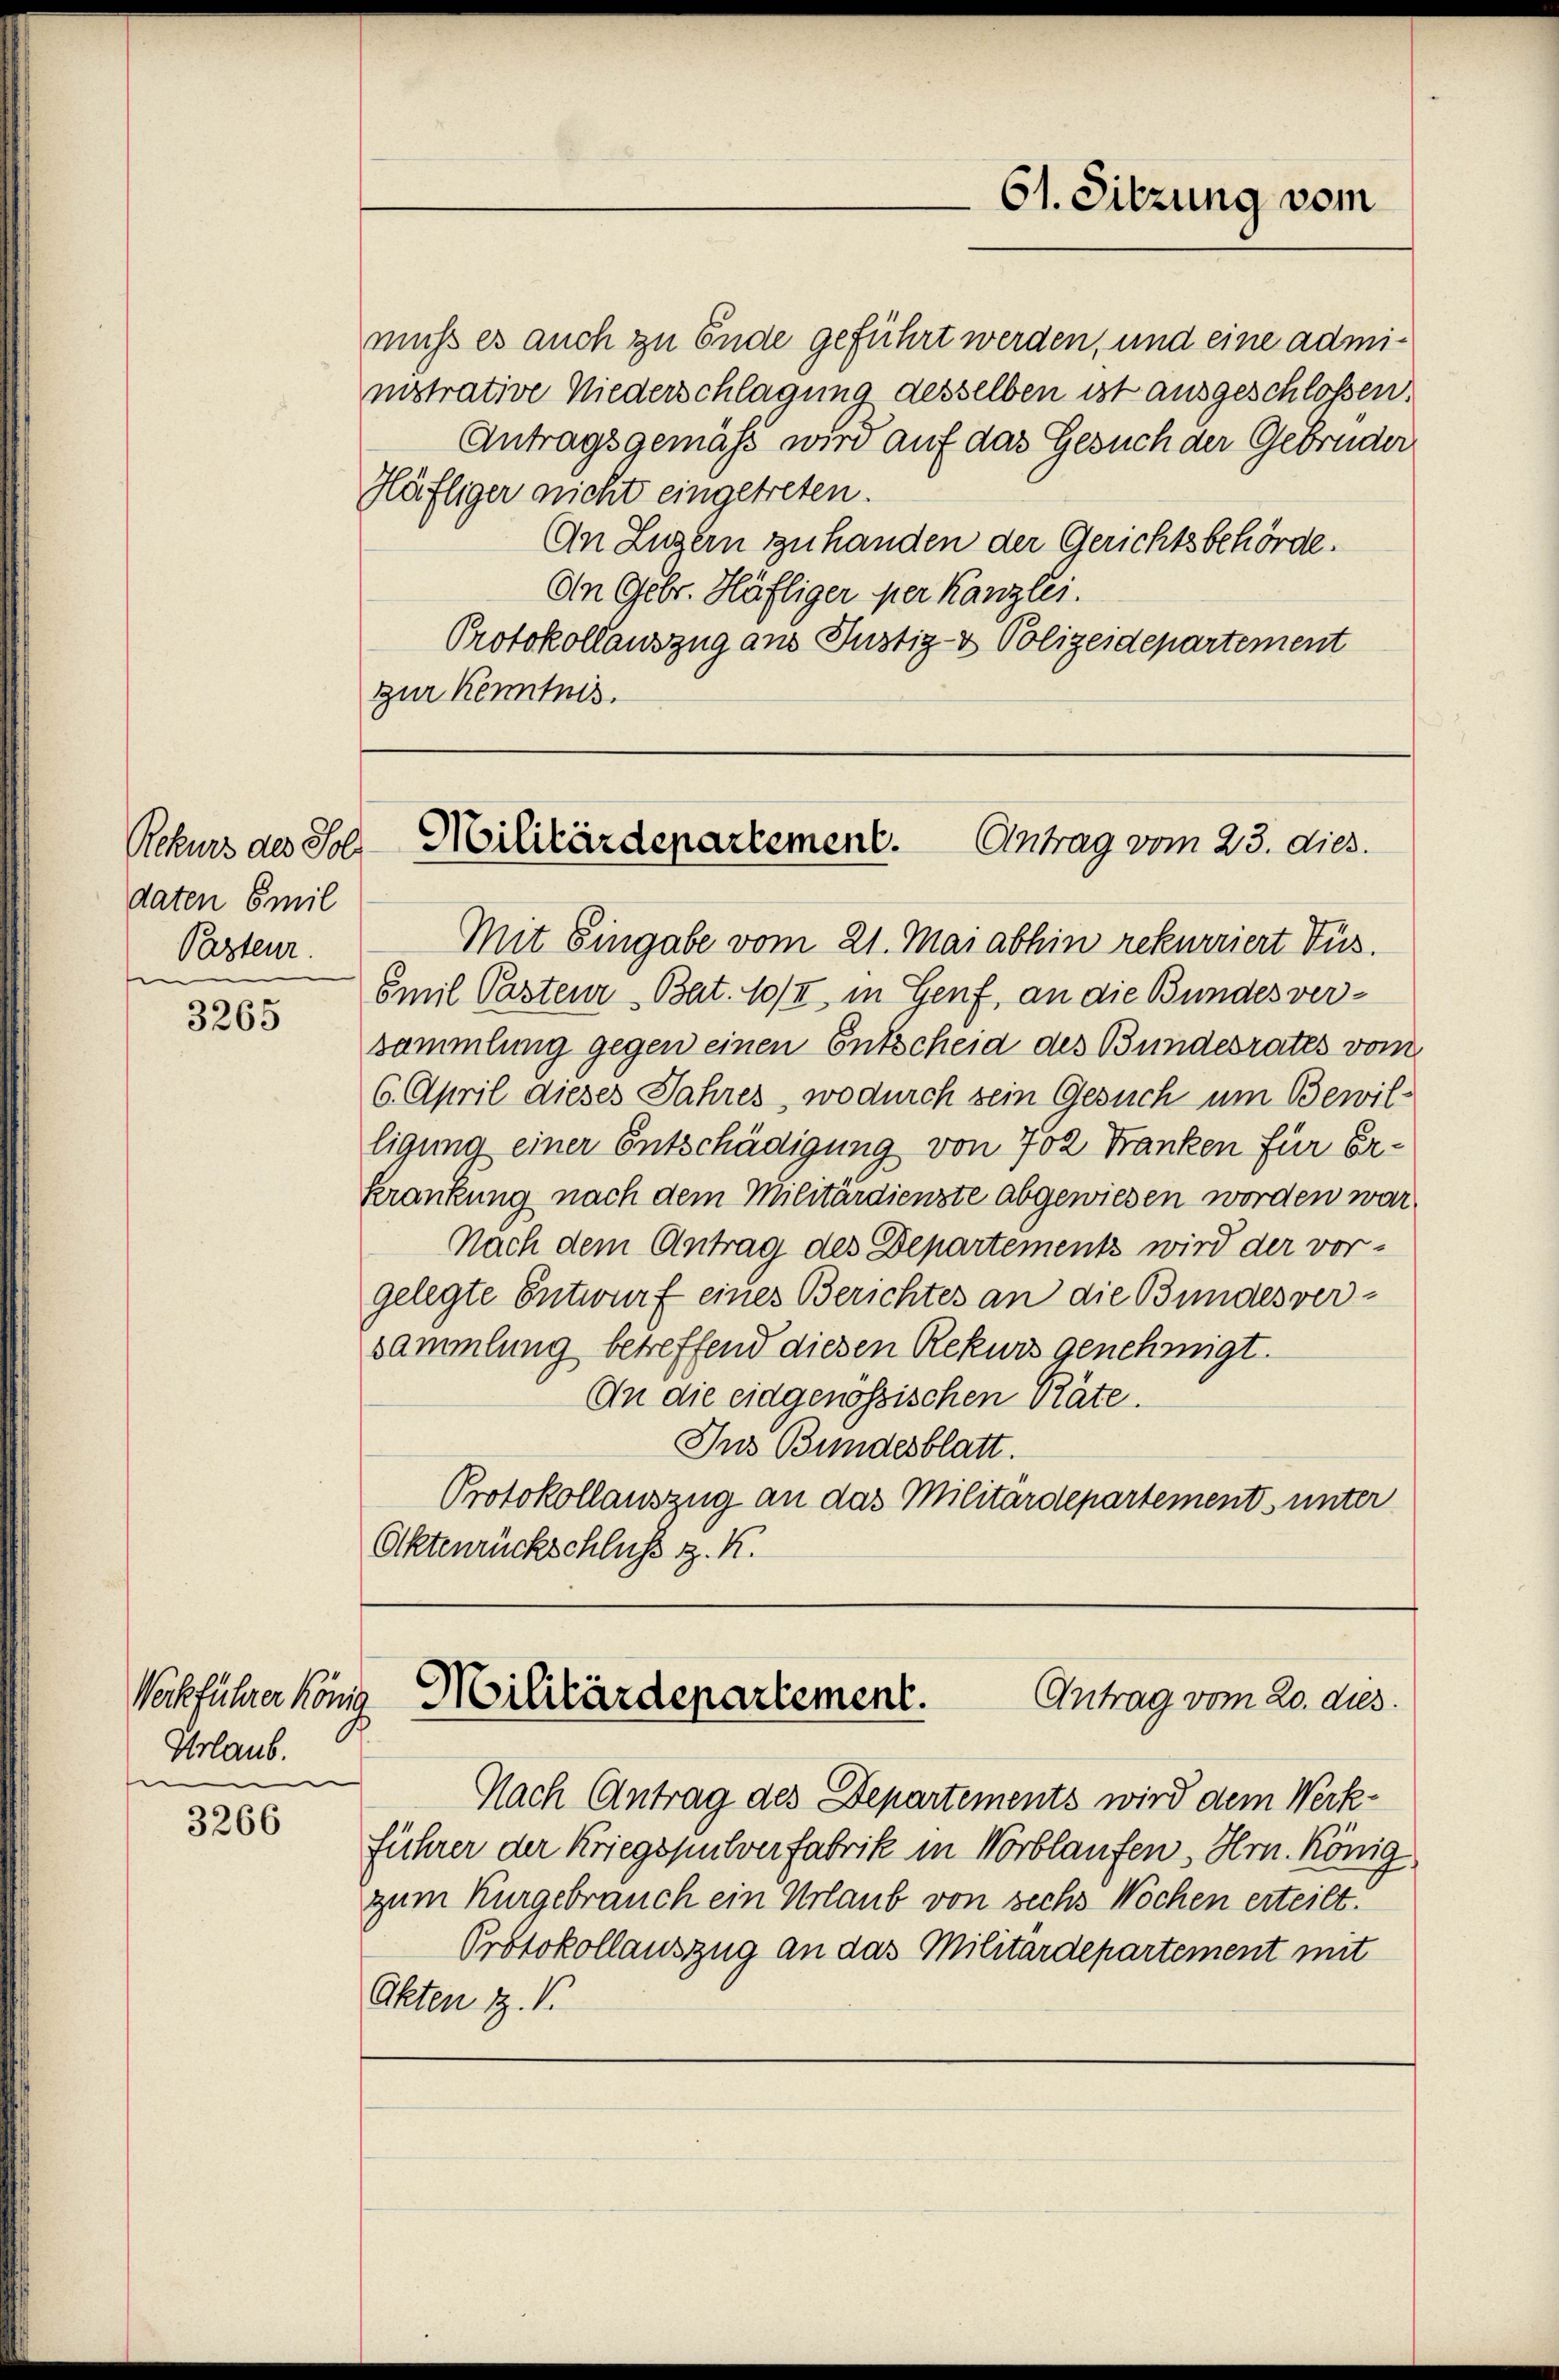
Rekurs des Sol
daten Emil
Pazteur.
e

3265

Urlaub.
e

3266

Häfliger nicht eingetreten.
An Luzern zu handen der Gerichtsbehörde.
An Gebr. Häfliger per Kanzlei.
Protokollauszug aus Justiz- & Polizeidepartement
zur Kenntnis.

Mit Eingabe vom 21. Mai abhin rekurriert Tus.
Emil Pasteur Bat. 10/II, in Genf, an die Bundes versammlung gegen einen Entscheid des Bundesrates vom
6. April dieses Jahres, wodurch sein Gesuch um Bewil-
ligung einer Entschädigung von 702 Franken für Erkrankung nach dem Militärdienste abgewiesen worden war,
Nach dem Antrag des Departements wird der vor-
gelegte Entwurf eines Berichtes an die Bundesversammlung betreffend diesen Rekurs genehmigt.
An die eidgenössischen Räte.
Ins Bundesblatt.
Protokollauszug an das Militärdepartement unter
Aktenrückschluss z. K.

61. Sitzung vom

muss es auch zu Ende geführt werden, und eine admiinistrative Niederschlagung desselben ist ausgeschlossen.
Antragsgemäss wird auf das Gesuch der Gebrüder

Militärdepartement.
Antrag vom 23. dies.

Werkführer König Militärdepartement.
Antrag vom 20. dies

Nach Antrag des Departements wird dem Werkführer der Kriegspulverfabrik in Norblaufen, Hrn. König
zum Kurgebrauch ein Urlaub von sechs Wochen erteilt.
Protokollauszug an das Militärdepartement mit
Akten z. B.